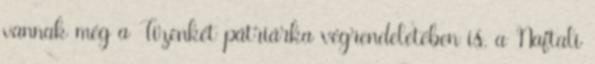
vannak még a Tizenkét pátriárka végrendeletében is, a Naftali